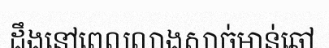
ដឹងនៅពេលលាងសាច់មាន់ឆៅ